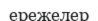
ережелер